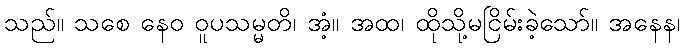
သည်။ သစေ နေဝ ဝူပသမ္မတိ၊ အံ့။ အထ၊ ထိုသို့မငြိမ်းခဲ့သော်။ အနေန၊